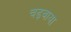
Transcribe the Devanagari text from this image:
चढ़वाया